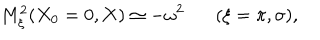
LaTeX: M _ { \xi } ^ { 2 } ( X _ { 0 } = 0 , { \bf X } ) \simeq - \omega ^ { 2 } ( \xi = \pi , \sigma ) ,